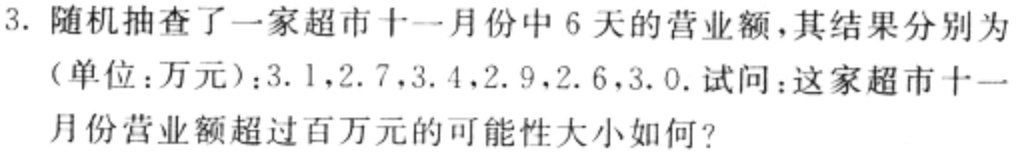
3. 随机抽查了一家超市十一月份中 6 天的营业额，其结果分别为
（单位：万元）：3.1，2.7，3.4，2.9，2.6，3.0. 试问：这家超市十一月份营业额超过百万元的可能性大小如何？